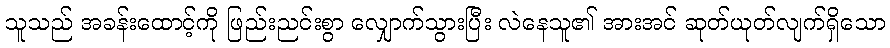
သူသည် အခန်းထောင့်ကို ဖြည်းညင်းစွာ လျှောက်သွားပြီး လဲနေသူ၏ အားအင် ဆုတ်ယုတ်လျက်ရှိသော